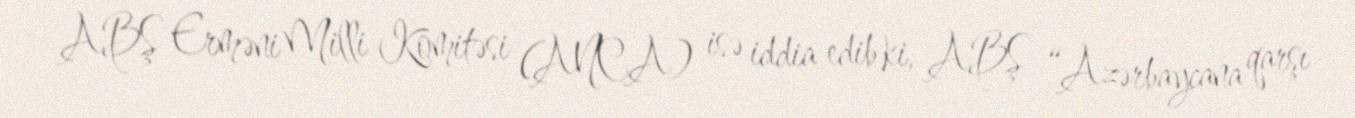
ABŞ Erməni Milli Komitəsi (ANCA) isə iddia edib ki, ABŞ “Azərbaycana qarşı